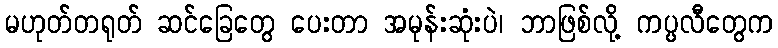
မဟုတ်တရုတ် ဆင်ခြေတွေ ပေးတာ အမုန်းဆုံးပဲ၊ ဘာဖြစ်လို့ ကပ္ပလီတွေက